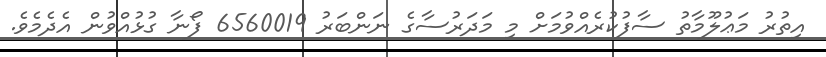
އިތުރު މަޢުލޫމާތު ސާފުކުރެއްވުމަށް މި މަދަރުސާގެ ނަންބަރު 6560019 ފޯނާ ގުޅުއްވުން އެދެމެވެ.